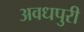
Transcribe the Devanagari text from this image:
अवधपुरी